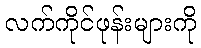
လက်ကိုင်ဖုန်းများကို